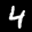
Label: 4